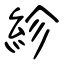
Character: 紾